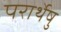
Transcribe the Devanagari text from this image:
परार्थेषु